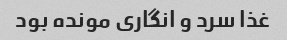
غذا سرد و انگاری مونده بود